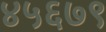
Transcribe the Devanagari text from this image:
४५६७९